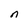
Character: n